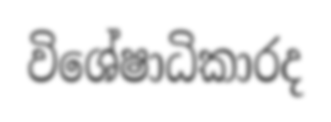
විශේෂාධිකාරද